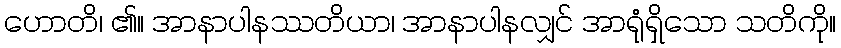
ဟောတိ၊ ၏။ အာနာပါနဿတိယာ၊ အာနာပါနလျှင် အာရုံရှိသော သတိကို။